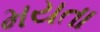
મયતા